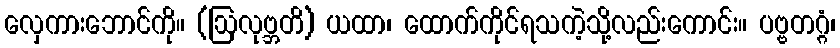
လှေကားဘောင်ကို။ (ဩလုဗ္ဘတိ) ယထာ၊ ထောက်ကိုင်ရသကဲ့သို့လည်းကောင်း။ ပဗ္ဗတဂ္ဂံ၊